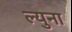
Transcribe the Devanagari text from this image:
ल्युना